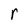
Character: r